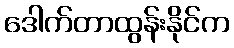
ဒေါက်တာထွန်းနိုင်က